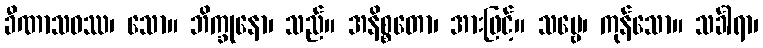
ခီဏာသဝဿ၊ သော။ ဘိက္ခုနော၊ သည်။ အနိစ္စတော၊ အားဖြင့်။ သဗ္ဗေ၊ ကုန်သော။ သင်္ခါရာ၊